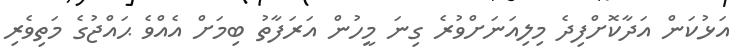
އަޅުކަން އަދާކޮށްފިދެ މިލިއަނަށްވުރެ ގިނަ މީހުން އަރަފާތު ބިމަށް އެއްވެ ޙައްޖުގެ މަތިވެރި